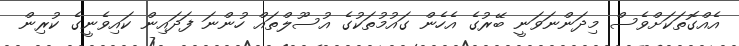
އެއްގޮތަކަށްވެސް މިދަންނަވަނީ ބޭރުގެ އެހެން ގައުމުތަކުގެ އުސޫލްތައް ހުންނަ ފަދައިން ކައިވެނީގެ ކުރިން